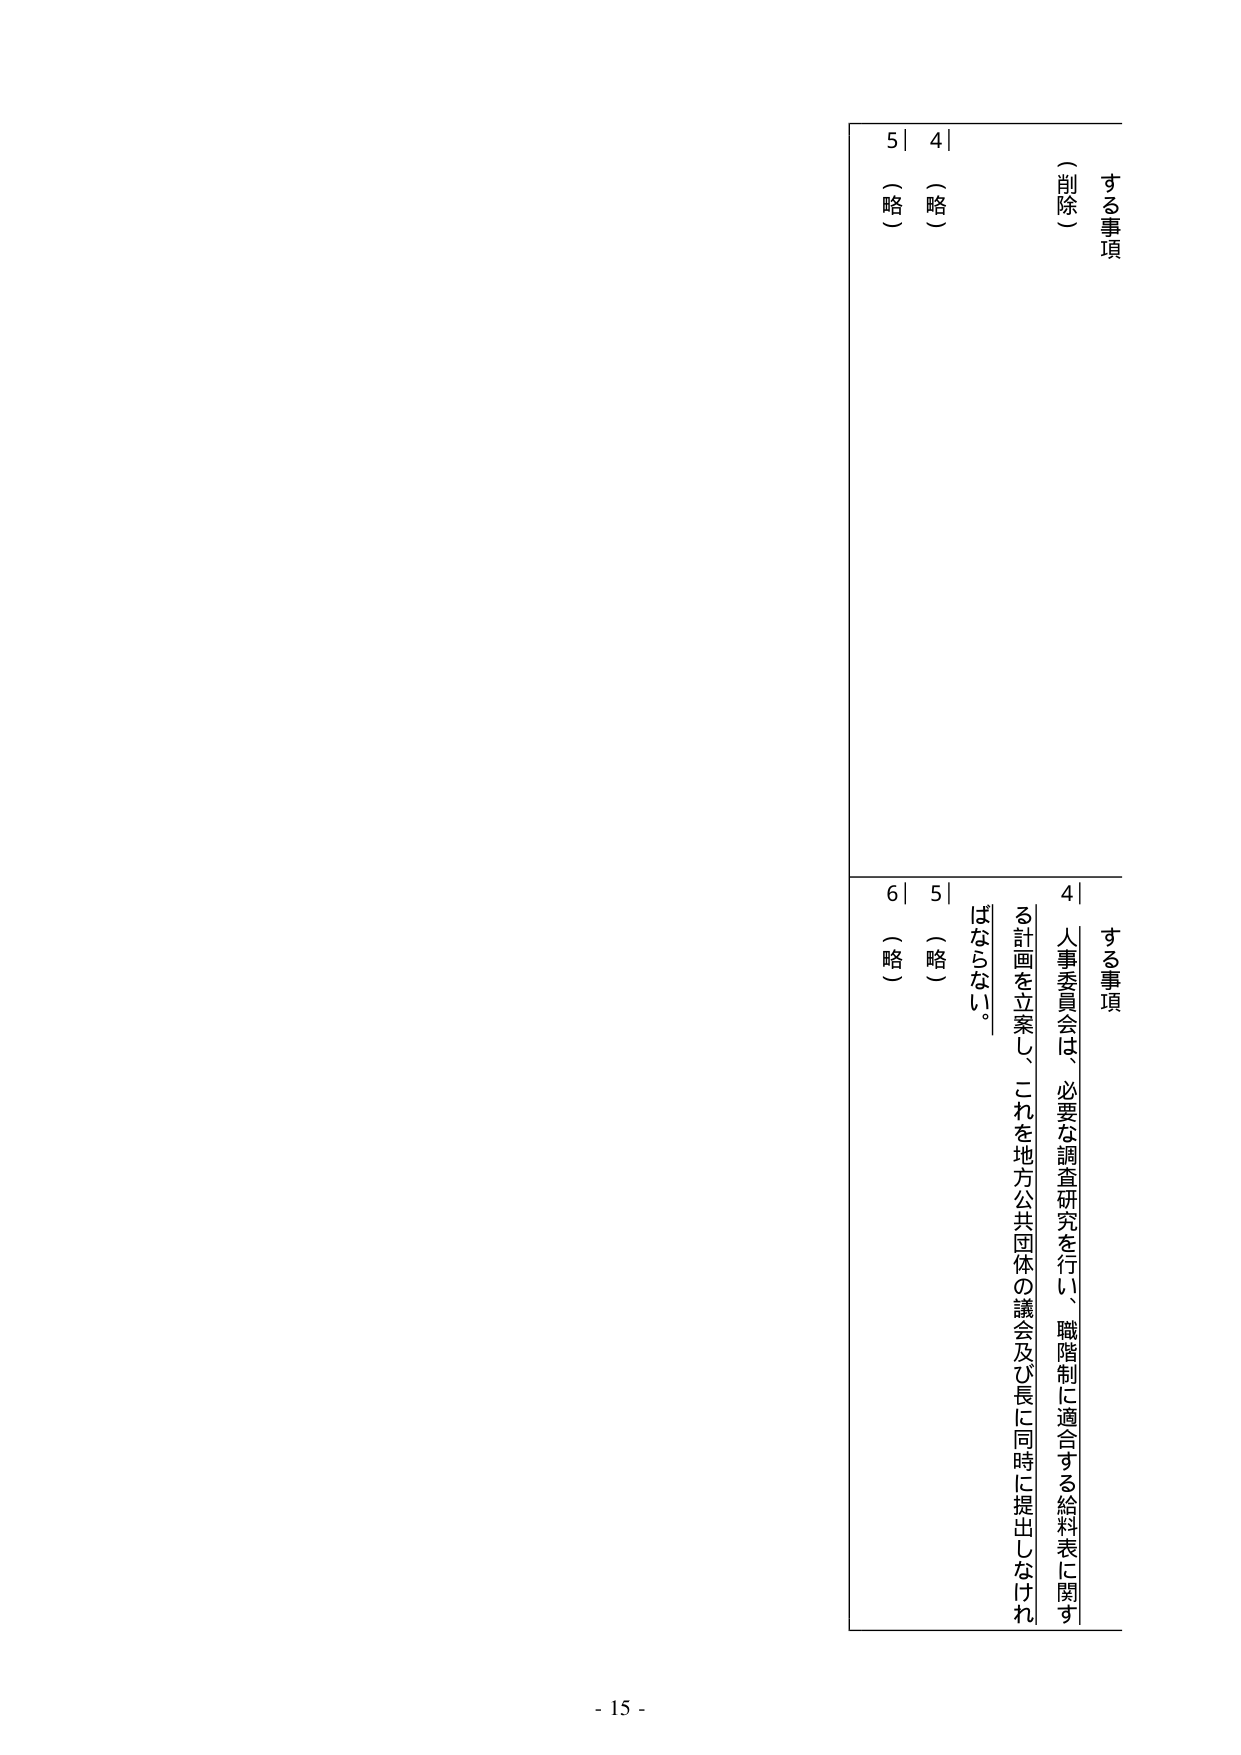
する事項
（削除）
4
（略）
5
（略）
6
（略）
する事項
4
人事委員会は、必要な調査研究を行い、職階制に適合する給料表に関する計画を立案し、これを地方公共団体の議会及び長に同時に提出しなければならない。
5
（略）
6
（略）
- 15 -